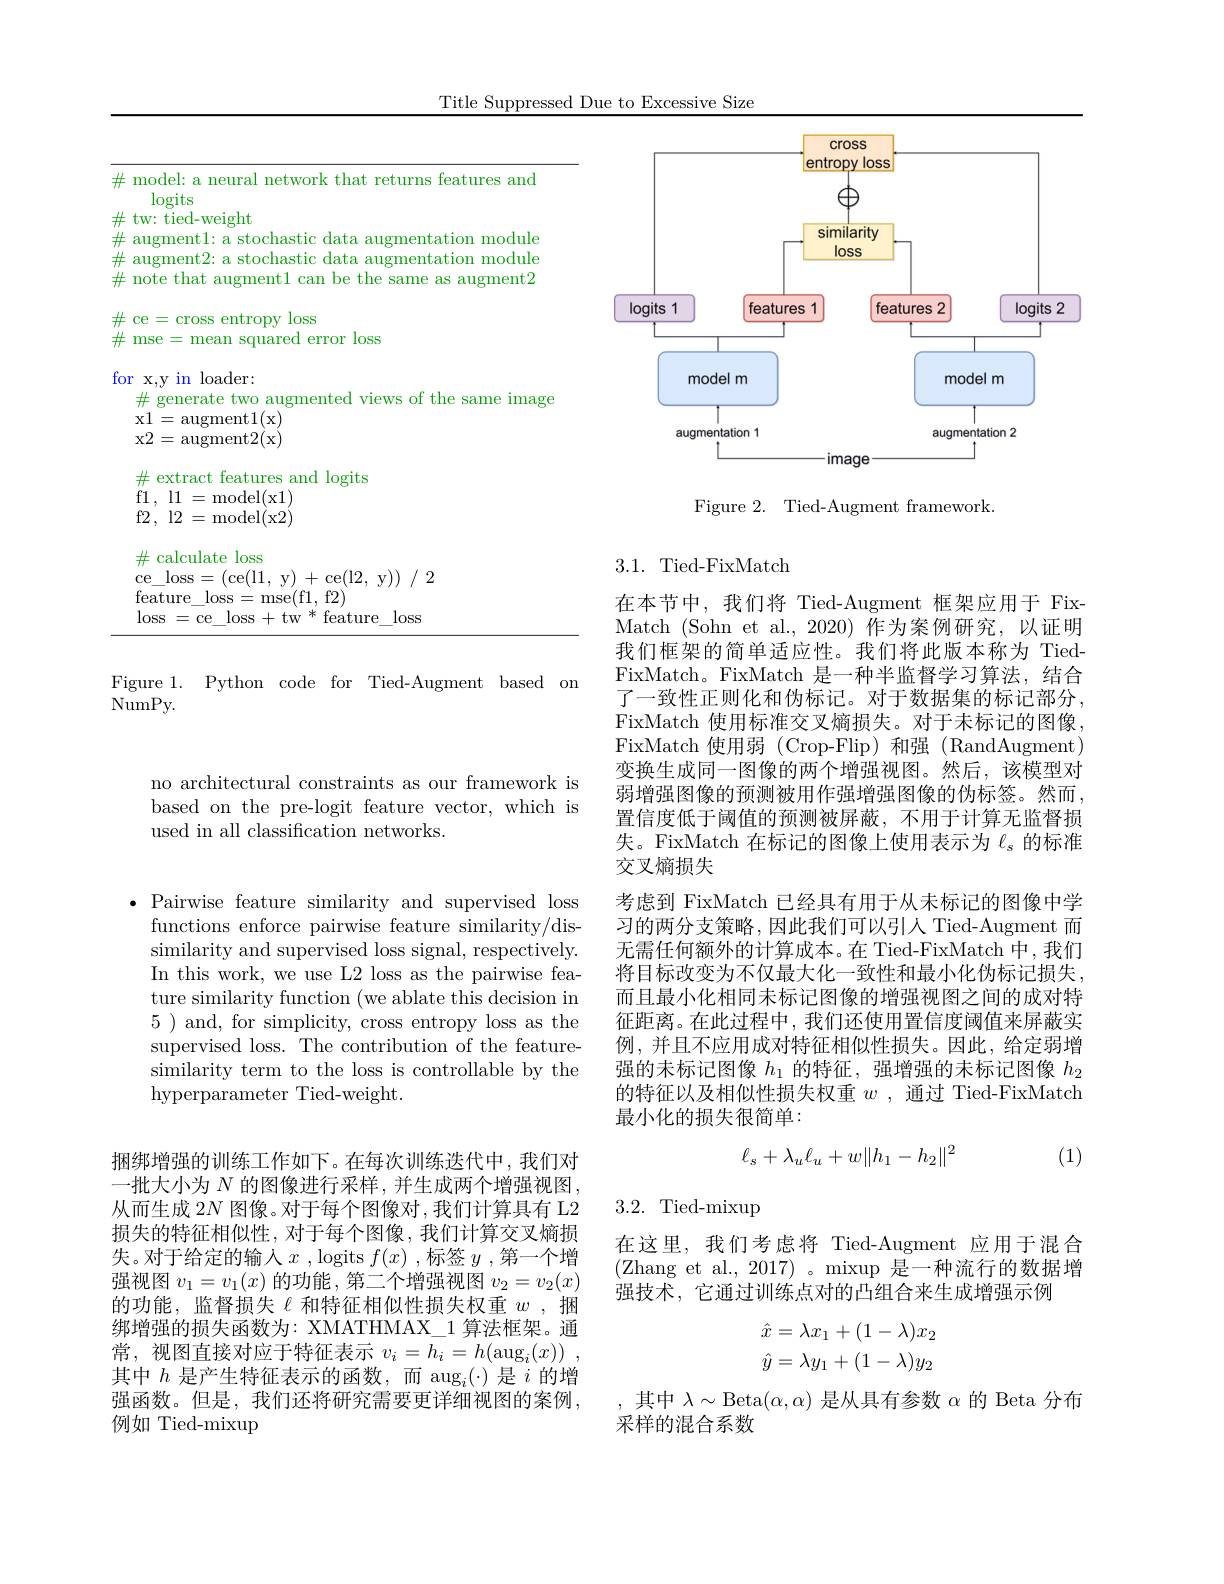
Title Suppressed Due to Excessive Size

<table>
	<tbody>
		<tr>
			<td>$\#$</td>
			<td>model: a neural network that returns features and $\log_{\mathrm{ts}}$</td>
		</tr>
		<tr>
			<td>fol</td>
			<td>$a11squa1cc$ 1000 $\because$ x,y in loader: $\#$ generate two augmented views of the same image x1= augment1( x) x2= augment2( x) $rit.$</td>
		</tr>
	</tbody>
</table>

Figure 1. Python code for Tied-Augment based on
$\bar{\mathrm{NumPy.}}$

no architectural constraints as our framework is based on the pre-logit feature vector, which is used in all classification networks.

<FigureHere>

Figure 2. Tied-Augment framework

## 3.1. Tied-FixMatch

在本节中，我们将 Tied-Augment 框架应用于 FixMatch (Sohn et al.,2020) 作为案例研究，以证明我们框架的简单适应性。我们将此版本称为 TiedFixMatch。FixMatch 是一种半监督学习算法，结合了一致性正则化和伪标记。对于数据集的标记部分。FixMatch 使用标准交叉熵损失。对于未标记的图像， FixMatch 使用弱 (Crop-Flip)和强 (RandAugment) 变换生成同一图像的两个增强视图。然后，该模型对弱增强图像的预测被用作强增强图像的伪标签。然而， 置信度低于阈值的预测被屏蔽，不用于计算无监督损失。FixMatch 在标记的图像上使用表示为$\ell_\mathrm{s}$的标准交叉熵损失
考虑到 FixMatch 已经具有用于从未标记的图像中学习的两分支策略，因此我们可以引人 Tied-Augment 而无需任何额外的计算成本。在 Tied-FixMatch 中，我们将目标改变为不仅最大化一致性和最小化伪标记损失， 而且最小化相同未标记图像的增强视图之间的成对特征距离。在此过程中，我们还使用置信度阈值来屏蔽实例，并且不应用成对特征相似性损失。因此，给定弱增强的未标记图像$h_1$的特征，强增强的未标记图像$h_2$ 的特征以及相似性损失权重$w$ ,通过 Tied-FixMatch 最小化的损失很简单：
$$\ell_s+\lambda_u\ell_u+w\|h_1-h_2\|^2$$
(1)

3.2. Tied-mixup

在这里，我们考虑将 Tied-Augment 应用于混合(Zhang et al., 2017)。mixup 是一种流行的数据增强技术，它通过训练点对的凸组合来生成增强示例
$$\begin{aligned}\hat{x}&=\lambda x_1+(1-\lambda)x_2\\\hat{y}&=\lambda y_1+(1-\lambda)y_2\end{aligned}$$
,其中$\lambda\sim$Beta$(\alpha,\alpha)$是从具有参数$\alpha$的 Beta 分布
采样的混合系数

${\mathrm{,~Pairwise~feature~similarity~and~supervised~loss}}$ functions enforce pairwise feature similarity/dissimilarity and supervised loss signal, respectively. In this work, we use L2 loss as the pairwise feature similarity function (we ablate this decision in 5 ) and, for simplicity, cross entropy loss as the supervised loss. The contribution of the featuresimilarity term to the loss is controllable by the hyperparameter Tied-weight.

捆绑增强的训练工作如下。在每次训练迭代中，我们对一批大小为$N$的图像进行采样，并生成两个增强视图从而生成 2$N$图像。对于每个图像对，我们计算具有 L2损失的特征相似性，对于每个图像，我们计算交叉熵损失。对于给定的输入$x$ ,logits $f(x)$ ,标签 $y$ ,第一个增强视图$v_1=v_1(x)$的功能，第二个增强视图$v_2=v_2(x)$ 的功能，监督损失《和特征相似性损失权重$w$ ,捆绑增强的损失函数为：XMATHMAX\_1 算法框架。通常，视图直接对应于特征表示$v_i=h_i=h(\operatorname{aug}_i(x))$ 其中$h$是产生特征表示的函数，而 aug$_i(\cdot)$是$i$的增强函数。但是，我们还将研究需要更详细视图的案例， 例如 Tied-mixup